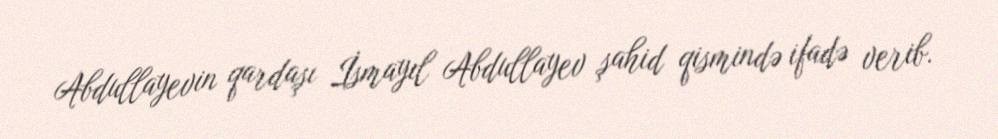
Abdullayevin qardaşı İsmayıl Abdullayev şahid qismində ifadə verib.